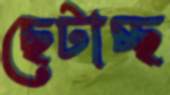
ছেটাচ্ছ